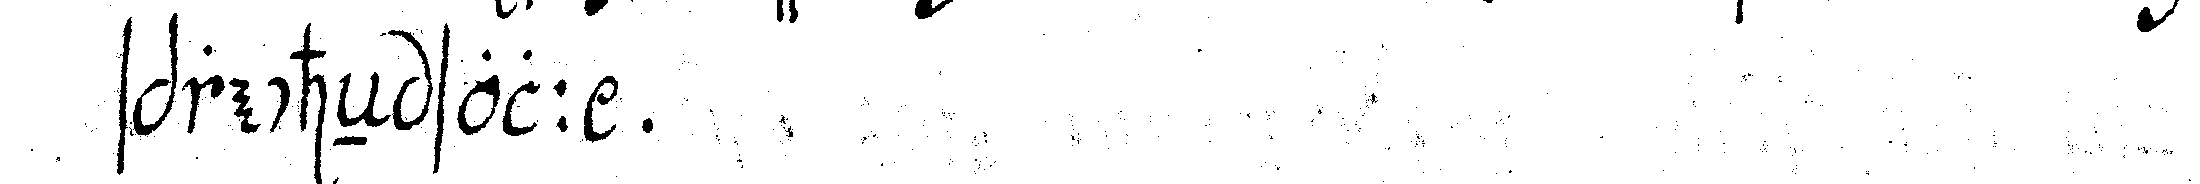
sprecheN soll .